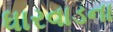
ધારવાડના